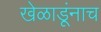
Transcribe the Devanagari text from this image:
खेळाडूंनाच